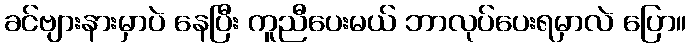
ခင်ဗျားနားမှာပဲ နေပြီး ကူညီပေးမယ် ဘာလုပ်ပေးရမှာလဲ ပြော။